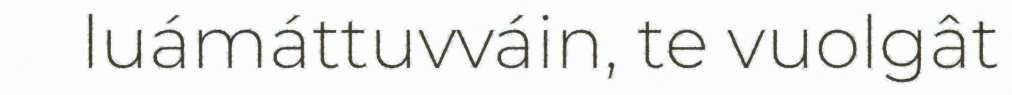
luámáttuvváin, te vuolgât